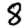
Digit: 8